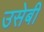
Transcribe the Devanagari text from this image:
उसेबी